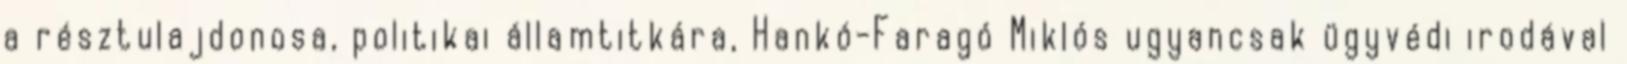
a résztulajdonosa, politikai államtitkára, Hankó-Faragó Miklós ugyancsak ügyvédi irodával